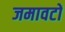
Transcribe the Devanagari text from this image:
जमावटों